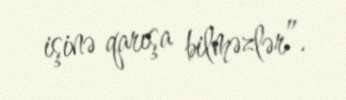
işinə qarışa bilməzlər”.